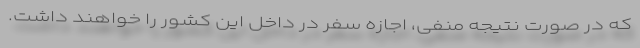
که در صورت نتیجه منفی، اجازه سفر در داخل این کشور را خواهند داشت.